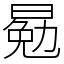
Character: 𣈳